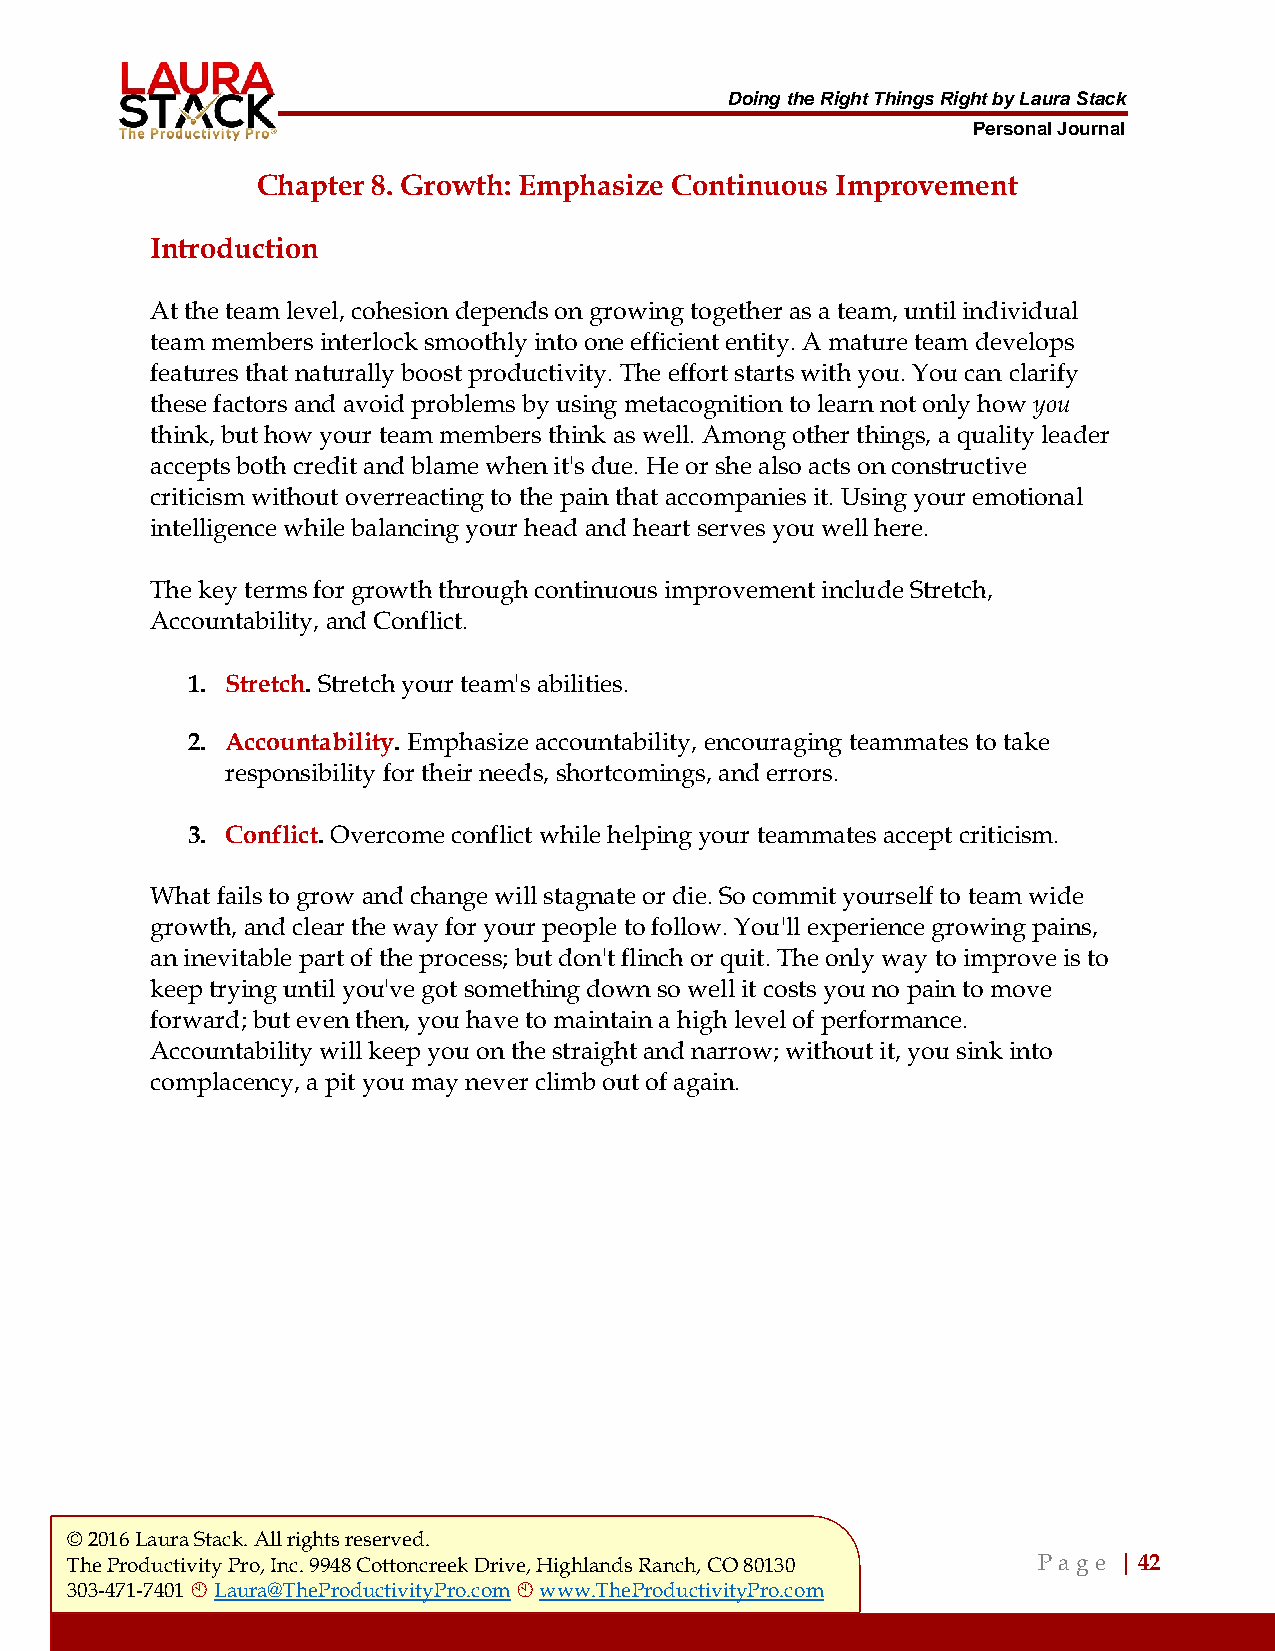
Doing the Right Things Right by Laura Stack
 Personal Journal
 Chapter 8. Growth: Emphasize Continuous Improvement
 Introduction
 At the team level, cohesion depends on growing together as a team, until individual
 team members interlock smoothly into one efficient entity. A mature team develops
 features that naturally boost productivity. The effort starts with you. You can clarify
 these factors and avoid problems by using metacognition to learn not only how you
 think, but how your team members think as well. Among other things, a quality leader
 accepts both credit and blame when it's due. He or she also acts on constructive
 criticism without overreacting to the pain that accompanies it. Using your emotional
 intelligence while balancing your head and heart serves you well here.
 The key terms for growth through continuous improvement include Stretch,
 Accountability, and Conflict.
 1. Stretch. Stretch your team's abilities.
 2. Accountability. Emphasize accountability, encouraging teammates to take
 responsibility for their needs, shortcomings, and errors.
 3. Conflict. Overcome conflict while helping your teammates accept criticism.
 What fails to grow and change will stagnate or die. So commit yourself to team wide
 growth, and clear the way for your people to follow. You'll experience growing pains,
 an inevitable part of the process; but don't flinch or quit. The only way to improve is to
 keep trying until you've got something down so well it costs you no pain to move
 forward; but even then, you have to maintain a high level of performance.
 Accountability will keep you on the straight and narrow; without it, you sink into
 complacency, a pit you may never climb out of again.
 © 2016 Laura Stack. All rights reserved.
 The Productivity Pro, Inc. 9948 Cottoncreek Drive, Highlands Ranch, CO 80130 P a ge | 42
 303-471-7401  Laura@TheProductivityPro.com  www.TheProductivityPro.com